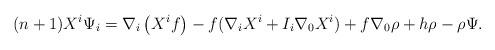
LaTeX: \begin{align*}(n+1)X^{i}\Psi_{i}=\nabla_{i} \left( X^{i}f\right) -f(\nabla_{i} X^{i}+I_{i}\nabla_{0}X^{i})+f\nabla_{0} \rho +h\rho-\rho\Psi.\end{align*}